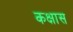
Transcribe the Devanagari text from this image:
कक्षास